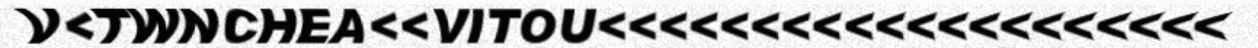
V<TWNCHEA<<VITOU<<<<<<<<<<<<<<<<<<<<